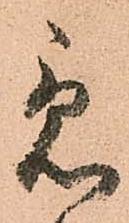
急